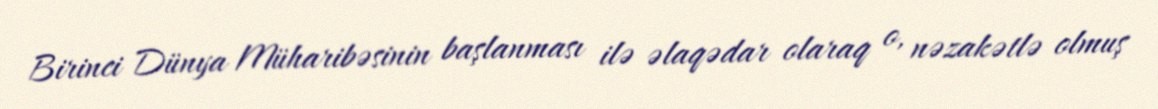
Birinci Dünya Müharibəsinin başlanması ilə əlaqədar olaraq o, nəzakətlə olmuş